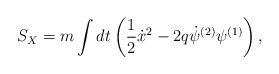
LaTeX: \begin{align*}S_X = m \int dt \left( \frac{1}{2} {\dot{x}^2} - 2 q \dot{\psi}^{(2)}\psi^{(1)} \right),\end{align*}